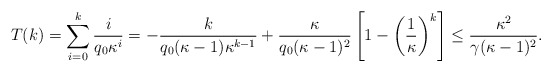
\begin{align*}T(k)=\sum_{i=0}^k\frac{i}{q_0\kappa^{i}}=-\frac{k}{q_0(\kappa-1)\kappa^{k-1}}+\frac{\kappa}{q_0(\kappa-1)^2}\left[1-\left(\frac{1}{\kappa}\right)^k\right]\leq \frac{\kappa^2}{\gamma (\kappa-1)^2}.\end{align*}